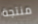
منتجة